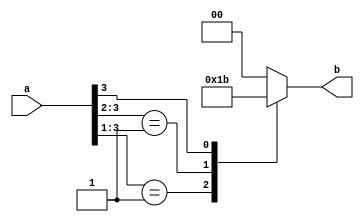
`timescale 1ns / 1ps
module encoder4to2 (a, b);
input [3:0] a;
output reg [1:0] b;

always @(*) begin
casex(a)
4'b0001: b = 2'b00;
4'b001x: b = 2'b01;
4'b01xx: b = 2'b10;
4'b1xxx: b = 2'b11;
default: b = 2'b00; 
endcase
end
endmodule